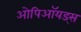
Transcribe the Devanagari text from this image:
ओपिऑयड्स